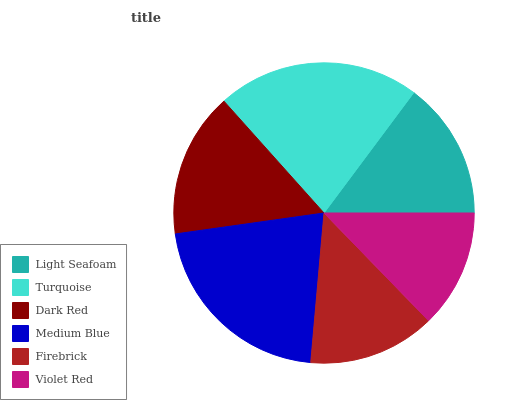
| Light Seafoam | Turquoise | Dark Red | Medium Blue | Firebrick | Violet Red |
 | --- | --- | --- | --- | --- | --- |
 | 14.8% | 21.8% | 15.6% | 21.3% | 13.7% | 12.7% |